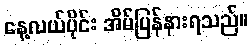
နေ့လယ်ပိုင်း အိမ်ပြန်နားရသည်။